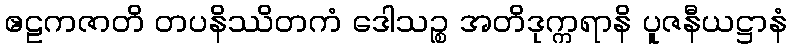
ဧဠကဇာတိ တပနိဿိတကံ ဒေါသဉ္စ အတိဒုက္ကရာနိ ပူဇနီယဋ္ဌာနံ